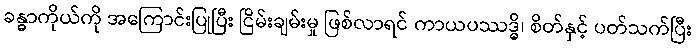
ခန္ဓာကိုယ်ကို အကြောင်းပြုပြီး ငြိမ်းချမ်းမှု ဖြစ်လာရင် ကာယပဿဒ္ဓိ၊ စိတ်နှင့် ပတ်သက်ပြီး